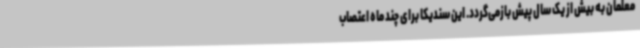
معلمان به بیش از یک سال پیش بازمی‌گردد. این سندیکا برای چند ماه اعتصاب